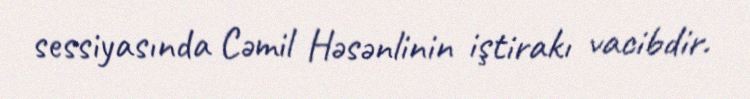
sessiyasında Cəmil Həsənlinin iştirakı vacibdir.